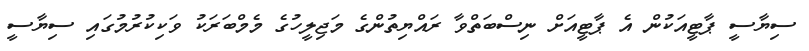
ސިޔާސީ ޕާޓީއަކުން އެ ޕާޓީއަށް ނިސްބަތްވާ ރައްޔިތުންގެ މަޖިލީހުގެ މެމްބަރަކު ވަކިކުރުމުގައި ސިޔާސީ